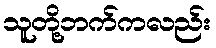
သူတို့ဘက်ကလည်း